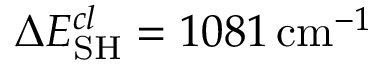
\Delta E _ { \mathrm { S H } } ^ { c l } = 1 0 8 1 \, \mathrm { c m } ^ { - 1 }